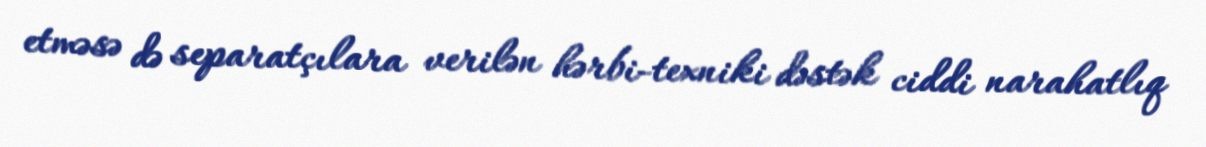
etməsə də separatçılara verilən hərbi-texniki dəstək ciddi narahatlıq